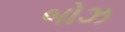
બોઝ